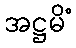
အဋ္ဌမိံ